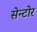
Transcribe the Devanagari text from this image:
सेन्टोर